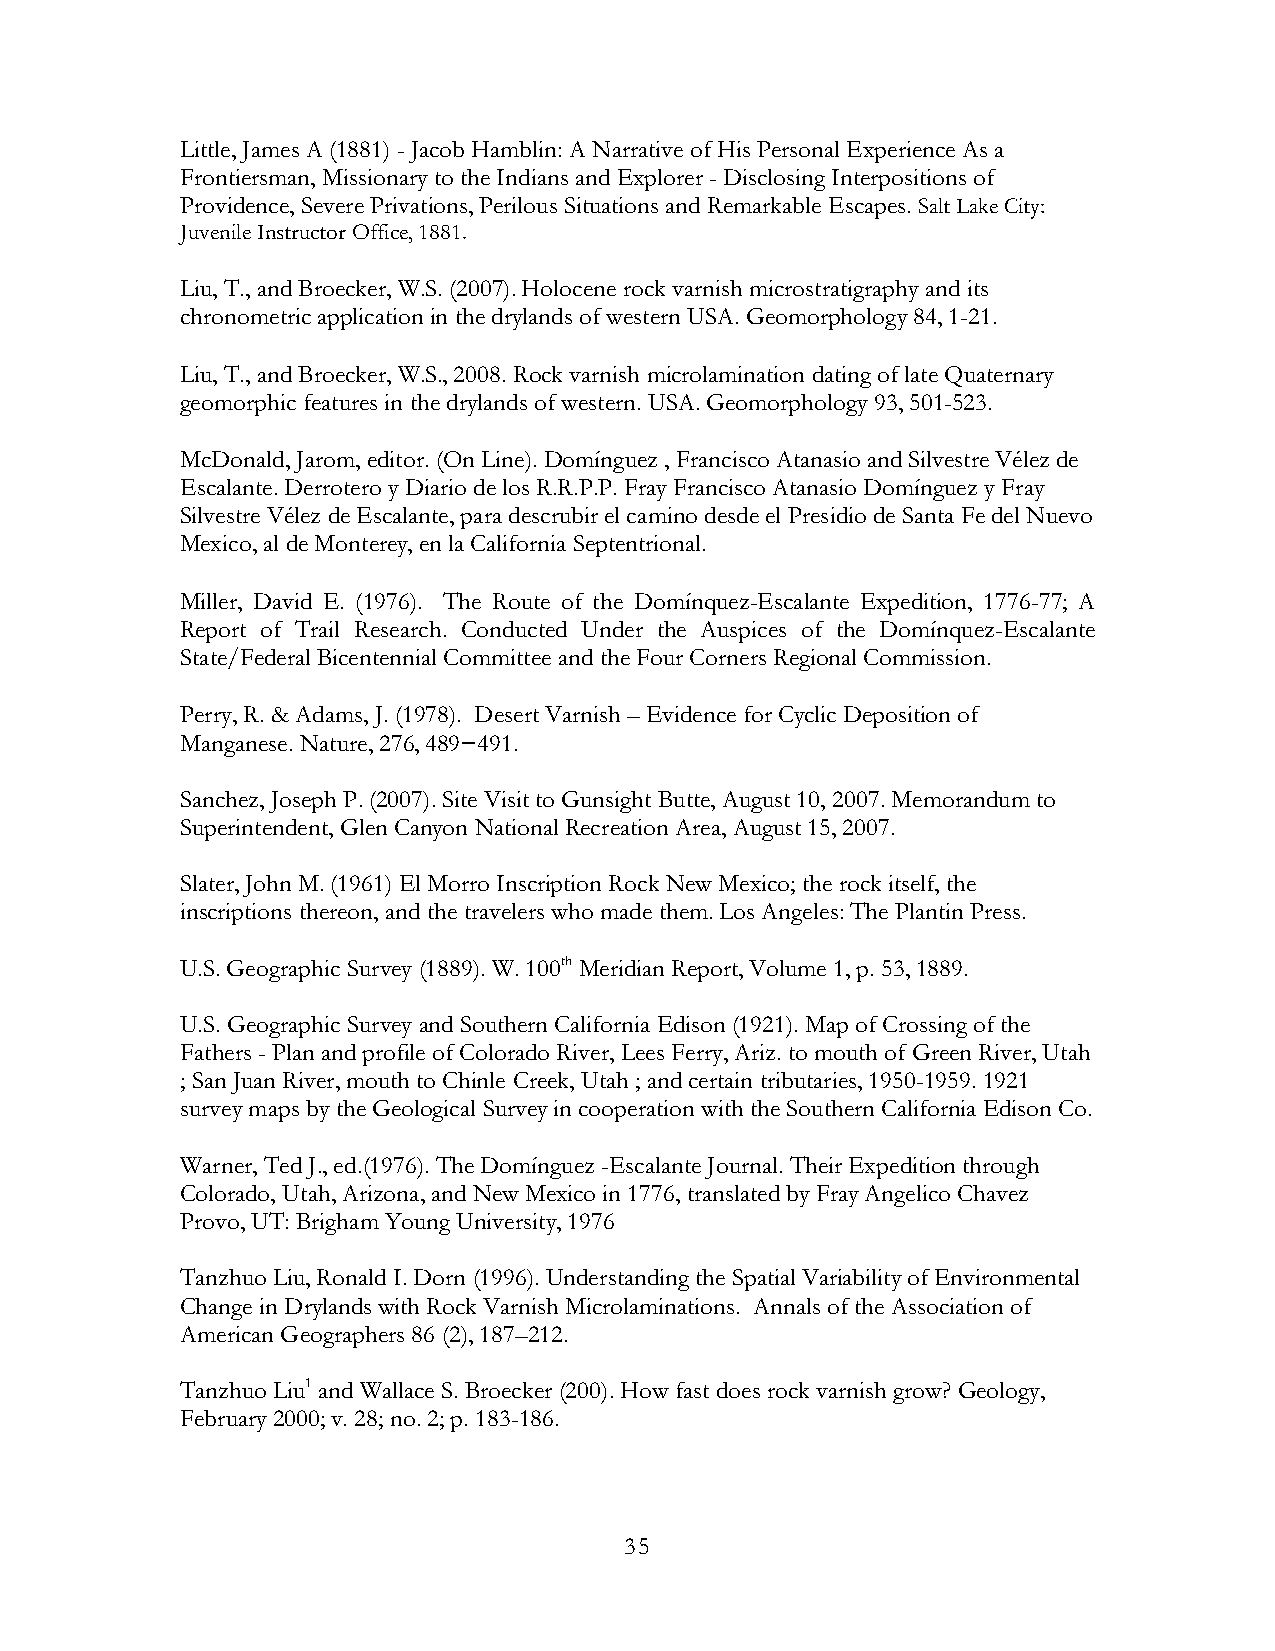
Little, James A (1881) - Jacob Hamblin: A Narrative of His Personal Experience As a
 Frontiersman, Missionary to the Indians and Explorer - Disclosing Interpositions of
 Providence, Severe Privations, Perilous Situations and Remarkable Escapes. Salt Lake City:
 Juvenile Instructor Office, 1881.
 Liu, T., and Broecker, W.S. (2007). Holocene rock varnish microstratigraphy and its
 chronometric application in the drylands of western USA. Geomorphology 84, 1-21.
 Liu, T., and Broecker, W.S., 2008. Rock varnish microlamination dating of late Quaternary
 geomorphic features in the drylands of western. USA. Geomorphology 93, 501-523.
 McDonald, Jarom, editor. (On Line). Domínguez , Francisco Atanasio and Silvestre Vélez de
 Escalante. Derrotero y Diario de los R.R.P.P. Fray Francisco Atanasio Domínguez y Fray
 Silvestre Vélez de Escalante, para descrubir el camino desde el Presidio de Santa Fe del Nuevo
 Mexico, al de Monterey, en la California Septentrional.
 Miller, David E. (1976). The Route of the Domínquez-Escalante Expedition, 1776-77; A
 Report of Trail Research. Conducted Under the Auspices of the Domínquez-Escalante
 State/Federal Bicentennial Committee and the Four Corners Regional Commission.
 Perry, R. & Adams, J. (1978). Desert Varnish – Evidence for Cyclic Deposition of
 Manganese. Nature, 276, 489−491.
 Sanchez, Joseph P. (2007). Site Visit to Gunsight Butte, August 10, 2007. Memorandum to
 Superintendent, Glen Canyon National Recreation Area, August 15, 2007.
 Slater, John M. (1961) El Morro Inscription Rock New Mexico; the rock itself, the
 inscriptions thereon, and the travelers who made them. Los Angeles: The Plantin Press.
 U.S. Geographic Survey (1889). W. 100th Meridian Report, Volume 1, p. 53, 1889.
 U.S. Geographic Survey and Southern California Edison (1921). Map of Crossing of the
 Fathers - Plan and profile of Colorado River, Lees Ferry, Ariz. to mouth of Green River, Utah
 ; San Juan River, mouth to Chinle Creek, Utah ; and certain tributaries, 1950-1959. 1921
 survey maps by the Geological Survey in cooperation with the Southern California Edison Co.
 Warner, Ted J., ed.(1976). The Domínguez -Escalante Journal. Their Expedition through
 Colorado, Utah, Arizona, and New Mexico in 1776, translated by Fray Angelico Chavez
 Provo, UT: Brigham Young University, 1976
 Tanzhuo Liu, Ronald I. Dorn (1996). Understanding the Spatial Variability of Environmental
 Change in Drylands with Rock Varnish Microlaminations. Annals of the Association of
 American Geographers 86 (2), 187–212.
 Tanzhuo Liu1 and Wallace S. Broecker (200). How fast does rock varnish grow? Geology,
 February 2000; v. 28; no. 2; p. 183-186.
 35